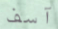
آسف